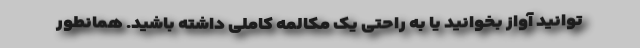
توانید آواز بخوانید یا به راحتی یک مکالمه کاملی داشته باشید. همانطور